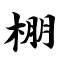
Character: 棚